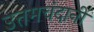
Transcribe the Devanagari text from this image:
उत्तमचंदानी